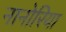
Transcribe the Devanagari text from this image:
नानोरिया